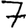
Digit: 7